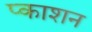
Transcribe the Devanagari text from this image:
प्काशन